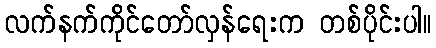
လက်နက်ကိုင်တော်လှန်ရေးက တစ်ပိုင်းပါ။